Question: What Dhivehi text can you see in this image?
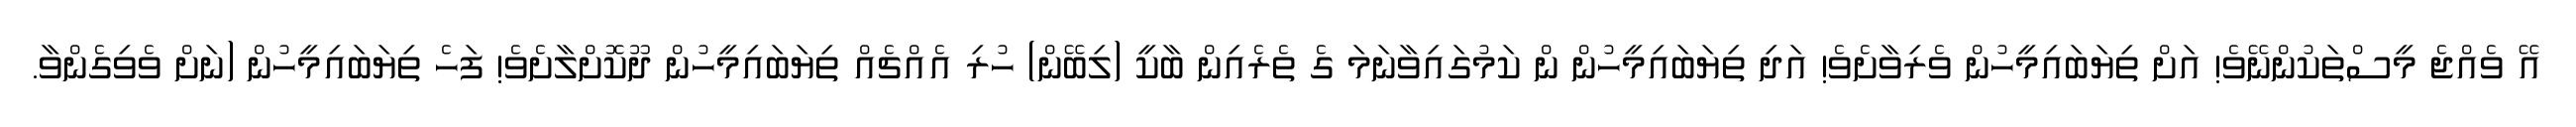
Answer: އޭ ވެއްޖެ މީސްތަކުންނޭވެ! އަށް ތިޔަބައިމީހުން ވެރިވާށެވެ! އަދި ތިޔަބައިމީހުން ން ކަމުގައިވާނަމަ ގެ ތެރެއިން ބާކީ (ލިބޭން) ހުރި އެއްޗެއް ތިޔަބައިމީހުން ދޫކޮށްލާށެވެ! ފަހެ ތިޔަބައިމީހުން (ނަށް ވެވިގެންވާ.